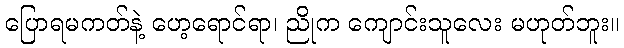
ပြောရမကတ်နဲ့ ဟေ့ရောင်ရာ၊ ညိုက ကျောင်းသူလေး မဟုတ်ဘူး။